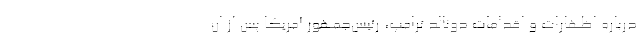
درباره اظهارات و اقدامات دونالد ترامپ، رئیس‌جمهور آمریکا پس از ان